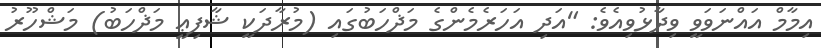
އިމާމް އައްނަވަވީ ވިދާޅުވިއެވެ: "އަދި އަހަރެމެންގެ މަޛްހަބުގައި (މުރާދަކީ ޝާފިޢީ މަޛްހަބު) މަޝްހޫރު